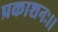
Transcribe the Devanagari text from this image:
प्रकाशनः।।